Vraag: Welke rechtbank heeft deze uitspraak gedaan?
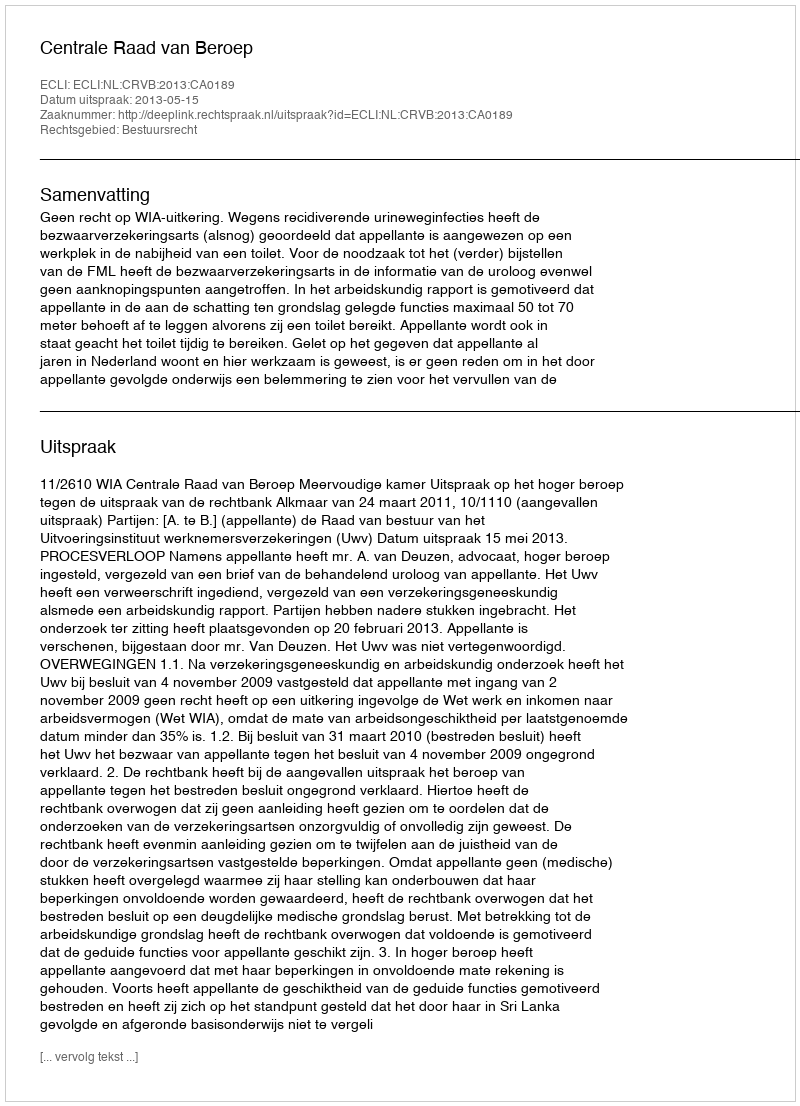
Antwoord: Centrale Raad van Beroep